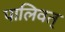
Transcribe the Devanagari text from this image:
पालिवत्‌